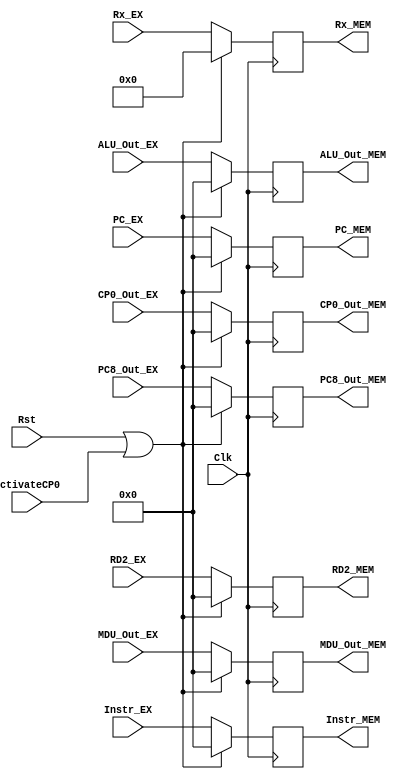
module EX_MEM(
	 input ActivateCP0,
    input [31:0] Instr_EX,
    input [31:0] ALU_Out_EX,
	 input [31:0] MDU_Out_EX,
	 input [31:0] CP0_Out_EX,
    input [31:0] RD2_EX,
    input [31:0] PC8_Out_EX,
    input [31:0] PC_EX,
    input [4:0] Rx_EX,
	 output reg[31:0] Instr_MEM,
    output reg[31:0] ALU_Out_MEM,
	 output reg[31:0] MDU_Out_MEM,
	 output reg[31:0] CP0_Out_MEM,
    output reg[31:0] RD2_MEM,
    output reg[31:0] PC8_Out_MEM,
    output reg[31:0] PC_MEM,
    output reg[4:0] Rx_MEM,
    input Clk,
	 input Rst
    );
	always@(posedge Clk)begin
		if(Rst||ActivateCP0)begin
			Instr_MEM <= 0;
			ALU_Out_MEM <= 0;
			MDU_Out_MEM <= 0;
			CP0_Out_MEM <= 0;
			RD2_MEM <= 0;
			PC8_Out_MEM <= 0;
			PC_MEM <= 0;
			Rx_MEM <= 0;
		end
		else begin
			Instr_MEM <= Instr_EX;
			ALU_Out_MEM <= ALU_Out_EX;
			MDU_Out_MEM <= MDU_Out_EX;
			CP0_Out_MEM <= CP0_Out_EX;
			RD2_MEM <= RD2_EX;
			PC8_Out_MEM <= PC8_Out_EX;
			PC_MEM <= PC_EX;
			Rx_MEM <= Rx_EX;
		end
	end

endmodule